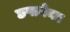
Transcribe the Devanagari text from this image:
छपानेका